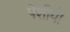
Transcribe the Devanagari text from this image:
पेशीयोँ